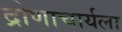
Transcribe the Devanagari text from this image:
द्रोणाचार्यला